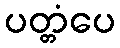
ပတ္တံပေ